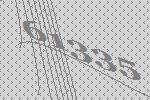
61335